Civil Veterinary Department. Central Provinces & Berar 1932-41 - 1932-1941
Year: 1932
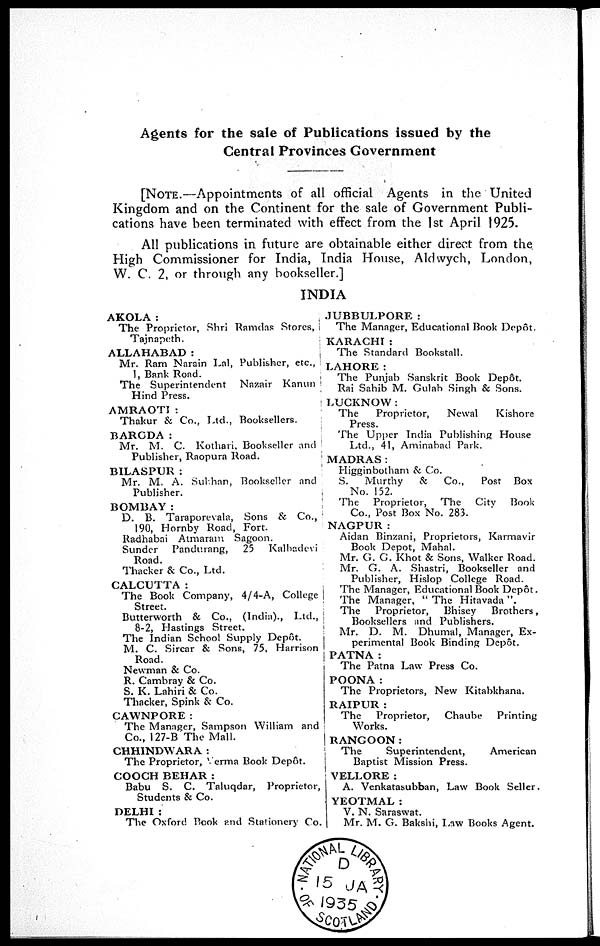
Agents for the sale of Publications issued by the
Central Provinces Government
[NOTE.—Appointments of all official Agents in the United
Kingdom and on the Continent for the sale of Government Publi-
cations have been terminated with effect from the 1st April 1925.
All publications in future are obtainable either direct from the
High Commissioner for India, India House, Aldwych, London,
W. C. 2, or through any bookseller.]
INDIA
AKOLA:
The Proprictor, Shri Ramdas Stores,
Tajnapeth.
ALLAHABAD:
Mr. Ram Narain Lal, Publisher, etc.,
1, Bank Road.
The Superintendent Nazair
Kanun
Hind Press.
AMRAOTI:
Thakur & Co., Ltd., Booksellers.
BARCDA:
Mr. M. C. Kothari, Bookseller and
Publisher, Raopura Road.
BILASPUR:
Mr. M. A. Subhan, Bookseller and
Publisher.
BOMBAY:
D. B. Taraporevala, Sons & Co.,
190, Hornby Road, Fort.
Radhabai Atmaram Sagoon.
Sunder Pandurang,
25 Kalbadevi
Road.
Thacker & Co., Ltd.
CALCUTTA:
The Book Company, 4/4-A, College
Street.
Butterworth & Co., (India)., Ltd.,
8-2, Hastings Street.
The Indian School Supply Depôt.
M. C. Sircar & Sons, 75, Harrison
Road.
Newman & Co.
R. Cambray & Co.
S. K. Lahiri & Co.
Thacker, Spink & Co.
CAWNPORE:
The Manager, Sampson William and
Co., 127-B The Mall.
CHHINDWARA:
The Proprietor, Verma Book Depôt.
COOCH BEHAR:
Babu S. C. Taluqdar, Proprietor,
Students & Co.
DELHI :
The Oxford Book and Stationery Co.
JUBBULPORE:
The Manager, Educational Book Depôt.
KARACHI:
The Standard Bookstall.
LAHORE:
The Punjab Sanskrit Book Depôt.
Rai Sahib M. Gulab Singh & Sons.
LUCKNOW:
The
Proprietor,
Newal
Kishore
Press.
The Upper India Publishing House
Ltd., 41, Aminabad Park.
MADRAS:
Higginbotham & Co.
S.
Murthy
& Co.,
Post Box
No. 152.
The Proprietor, The City Book
Co., Post Box No. 283.
NAGPUR:
Aidan Binzani, Proprietors, Karmavir
Book Depot, Mahal.
Mr. G. C. Khot & Sons, Walker Road.
Mr. G. A. Shastri, Bookseller and
Publisher, Hislop College Road.
The Manager, Educational Book Depôt.
The Manager, "The Hitavada".
The
Proprietor,
Bhisey
Brothers,
Booksellers and Publishers.
Mr. D. M. Dhumal, Manager, Ex-
perimental Book Binding Dcp6t.
PATNA:
The Patna Law Press Co.
POONA:
The Proprietors, New Kitabkhana.
RAIPUR:
The
Proprietor, Chaube
Printing
Works.
RANGOON:
The
Superintendent,
American
Baptist Mission Press.
VELLORE:
A. Venkatasubban, Law Book Seller.
YEOTMAL:
V. N. Saraswat.
Mr. M. G. Bakshi, Law Books Agent.